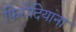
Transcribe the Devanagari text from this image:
फिरोदियांना